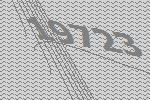
19723